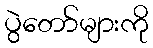
ပွဲတော်များကို